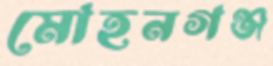
মোহনগঞ্জ